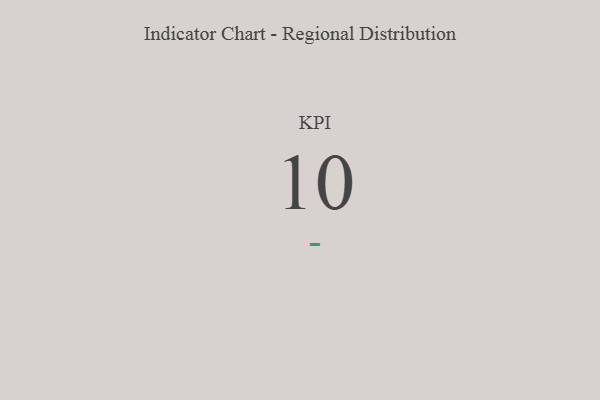
{"axis": {"x": "KPI", "y": "Value"}, "legend": [""], "data": [{"x": "KPI", "y": 10, "type": ""}]}